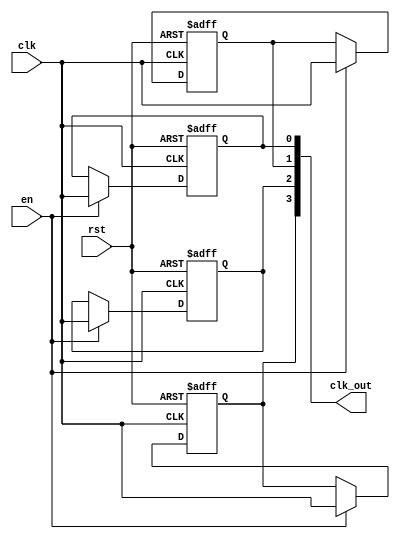
module ClockTreeBuffer #(
    parameter NUM_OUTPUTS = 4,       // Number of buffered outputs
    parameter DRIVE_STRENGTH = 2      // Drive strength selection (1-4)
)(
    input wire clk,                   // Primary clock input
    input wire en,                    // Enable signal
    input wire rst,                   // Reset signal
    output reg [NUM_OUTPUTS-1:0] clk_out // Buffered clock outputs
);

// Internal signals for buffering
reg [NUM_OUTPUTS-1:0] clk_buf;

// Buffering logic with multiple stages
generate
    genvar i;
    for (i = 0; i < NUM_OUTPUTS; i = i + 1) begin : buffer_stage
        always @(posedge clk or negedge rst) begin
            if (!rst) begin
                clk_buf[i] <= 1'b0;  // Reset buffered clock
            end else if (en) begin
                // Simulate drive strength by adjusting delay
                case (DRIVE_STRENGTH)
                    1: clk_buf[i] <= #1 clk; // Fast drive
                    2: clk_buf[i] <= #2 clk; // Medium drive
                    3: clk_buf[i] <= #3 clk; // Slow drive
                    4: clk_buf[i] <= #4 clk; // Very slow drive
                    default: clk_buf[i] <= clk; // Default drive
                endcase
            end
        end
    end
endgenerate

// Assign buffered clocks to outputs
always @(*) begin
    clk_out = clk_buf;  // Output the buffered clock signals
end

// Testability feature: simple assertion to check clock output behavior
initial begin
    $monitor("Time: %0t | clk: %b | clk_out: %b", $time, clk, clk_out);
end

endmodule